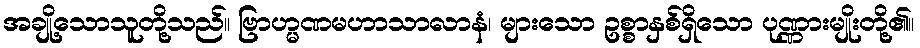
အချို့သောသူတို့သည်။ ဗြာဟ္မဏမဟာသာလာနံ၊ များသော ဥစ္စာနှစ်ရှိသော ပုဏ္ဏားမျိုးတို့၏။